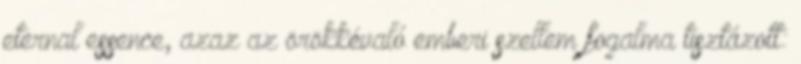
eternal essence, azaz az örökkévaló emberi szellem fogalma tisztázott: